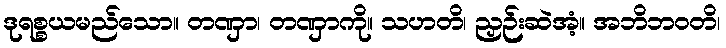
ဒုရစ္စယမည်သော။ တဏှာ၊ တဏှာကို။ သဟတိ၊ ညှဉ်းဆဲအံ့။ အဘိဘဝတိ၊